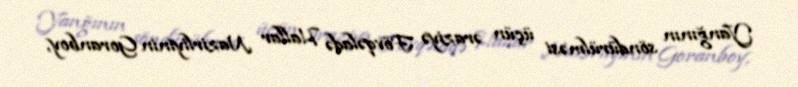
Yanğının söndürülməsi üçün əraziyə Fövqəladə Hallar Nazirliyinin Goranboy,